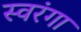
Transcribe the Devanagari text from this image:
स्वरंगा